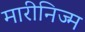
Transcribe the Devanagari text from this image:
मारीनिज्म